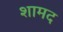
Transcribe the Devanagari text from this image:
शामद